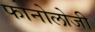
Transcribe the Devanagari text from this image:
फोनोलोजी